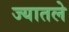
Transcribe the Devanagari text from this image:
ज्यातले